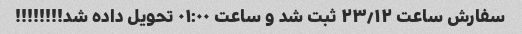
سفارش ساعت ۲۳٫۱۲ ثبت شد و ساعت ۰۱:۰۰ تحویل داده شد!!!!!!!!